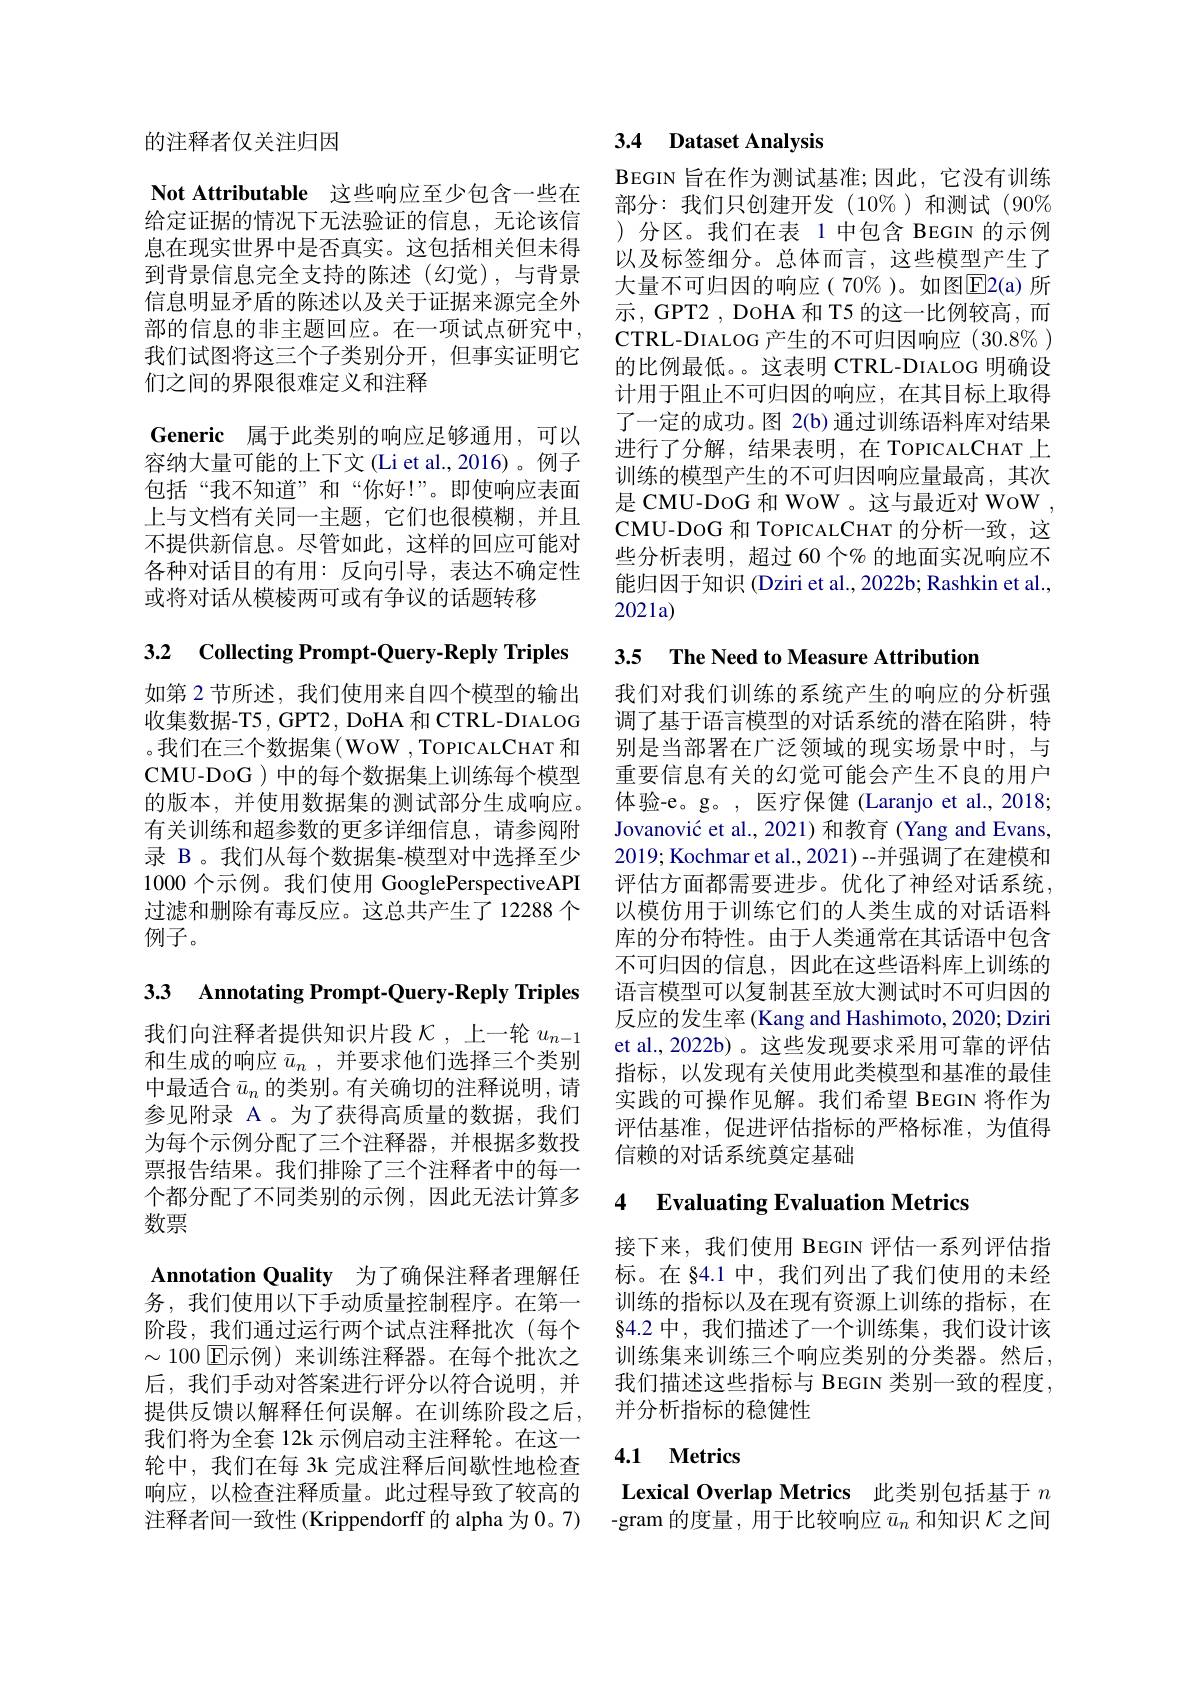
的注释者仅关注归因

Not Attributable 这些响应至少包含一些在给定证据的情况下无法验证的信息，无论该信息在现实世界中是否真实。这包括相关但未得到背景信息完全支持的陈述(幻觉),与背景信息明显矛盾的陈述以及关于证据来源完全外部的信息的非主题回应。在一项试点研究中， 我们试图将这三个子类别分开，但事实证明它们之间的界限很难定义和注释
Generic 属于此类别的响应足够通用，可以容纳大量可能的上下文(Li et al.,2016)。例子包括“我不知道”和“你好！”。即使响应表面上与文档有关同一主题，它们也很模糊，并且不提供新信息。尽管如此，这样的回应可能对各种对话目的有用：反向引导，表达不确定性或将对话从模棱两可或有争议的话题转移

3.2 Collecting Prompt-Query-Reply Triples

如第 2 节所述，我们使用来自四个模型的输出 我们对我们训练的系统产生的响应的分析强收集数据-T5, GPT2, DoHA 和 CTRL-DIALOG 调了基于语言模型的对话系统的潜在陷阱，特。我们在三个数据集(WoW ,ToPICALCHAT 和 别是当部署在广泛领域的现实场景中时，与CMU-DoG ) 中的每个数据集上训练每个模型的版本，并使用数据集的测试部分生成响应。有关训练和超参数的更多详细信息，请参阅附录 B。我们从每个数据集-模型对中选择至少1000 个示例。我们使用 GooglePerspectiveAPI 过滤和删除有毒反应。这总共产生了 12288 个例子。

3.3 Annotating Prompt-Query-Reply Triples

我们向注释者提供知识片段$\mathcal{K}$,上一轮 $u_n-1$ 和生成的响应$\bar{u} _n$ ,并要求他们选择三个类别中最适合$\bar{u}_n$的类别。有关确切的注释说明，请参见附录 A 。为了获得高质量的数据，我们为每个示例分配了三个注释器，并根据多数投票报告结果。我们排除了三个注释者中的每一个都分配了不同类别的示例，因此无法计算多数票
Annotation Quality 为了确保注释者理解任
务，我们使用以下手动质量控制程序。在第一 训练的指标以及在现有资源上训练的指标，在阶段，我们通过运行两个试点注释批次(每个 84.2 中，我们描述了一个训练集，我们设计该$\sim100$ E示例)来训练注释器。在每个批次之后，我们手动对答案进行评分以符合说明，并提供反馈以解释任何误解。在训练阶段之后，并分析指标的稳健性
我们将为全套 12k 示例启动主注释轮。在这一轮中，我们在每 3k 完成注释后间歇性地检查响应，以检查注释质量。此过程导致了较高的 Lexical Overlap Metrics 此类别包括基于$n$ 注释者间一致性(Krippendorff 的 alpha 为0。7) -gram 的度量，用于比较响应 $\bar{u}_n$ 和知识 $\mathcal{K}$之间

## 3.4 Dataset Analysis

BEGIN 旨在作为测试基准；因此，它没有训练部分：我们只创建开发(10$\%)和测试(90%$ )分区。我们在表 1 中包含 BEGIN 的示例以及标签细分。总体而言，这些模型产生了大量不可归因的响应( 70%)。如图$\overline{\mathrm{E}}$2(a) 所示，GPT2 , DoHA 和 T5 的这一比例较高，而CTRL- DIALOG产生的不可归因响应$(30.8\%)$ 的比例最低。。这表明 CTRL-DIALOG 明确设计用于阻止不可归因的响应，在其目标上取得了一定的成功。图 2(b) 通过训练语料库对结果进行了分解，结果表明，在 TOPICALCHAT 上训练的模型产生的不可归因响应量最高，其次是 CMU-DoG 和 WoW 。这与最近对 WoW , CMU-DOG 和 TOPICALCHAT 的分析一致，这些分析表明，超过 60 个% 的地面实况响应不能归因于知识 (Dziri et al., 2022b; Rashkin et al., 2021a)

3.5 The Need to Measure Attribution

重要信息有关的幻觉可能会产生不良的用户体验-e。g。, 医疗保健 (Laranjo et al.,2018; Jovanović et al., 2021) 和教育 (Yang and Evans, 2019; Kochmar et al., 2021)--并强调了在建模和评估方面都需要进步。优化了神经对话系统， 以模仿用于训练它们的人类生成的对话语料库的分布特性。由于人类通常在其话语中包含不可归因的信息，因此在这些语料库上训练的语言模型可以复制甚至放大测试时不可归因的反应的发生率 (Kang and Hashimoto, 2020; Dziri et al., 2022b) 。这些发现要求采用可靠的评估指标，以发现有关使用此类模型和基准的最佳实践的可操作见解。我们希望 BEGIN 将作为评估基准，促进评估指标的严格标准，为值得信赖的对话系统奠定基础

# 4 Evaluating Evaluation Metrics

接下来，我们使用 BEGIN 评估一系列评估指标。在 §4.1 中，我们列出了我们使用的未经训练集来训练三个响应类别的分类器。然后， 我们描述这些指标与 BEGIN 类别一致的程度，

### 4.1 $\textbf{Metrics}$